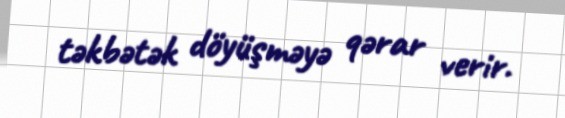
təkbətək döyüşməyə qərar verir.